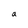
Character: a